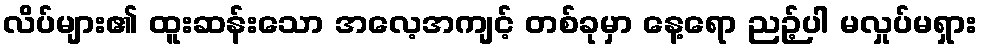
လိပ်များ၏ ထူးဆန်းသော အလေ့အကျင့် တစ်ခုမှာ နေ့ရော ညဉ့်ပါ မလှုပ်မရှား